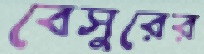
বেসুরের